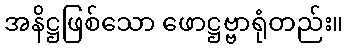
အနိဋ္ဌဖြစ်သော ဖောဋ္ဌဗ္ဗာရုံတည်း။